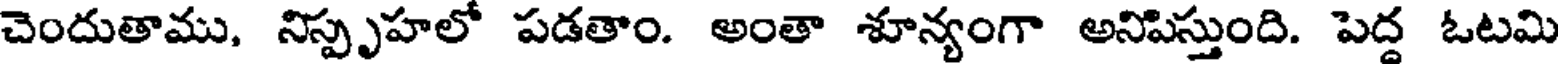
చెందుతాము, నిస్పృహలో పడతాం. అంతా శూన్యంగా అనిపిస్తుంది. పెద్ద ఓటమి